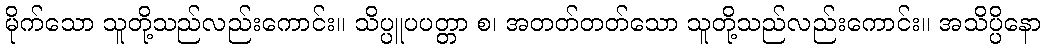
မိုက်သော သူတို့သည်လည်းကောင်း။ သိပ္ပူပပတ္တာ စ၊ အတတ်တတ်သော သူတို့သည်လည်းကောင်း။ အသိပ္ပိနော